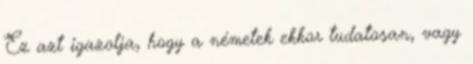
Ez azt igazolja, hogy a németek ekkor tudatosan, vagy